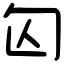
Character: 匃